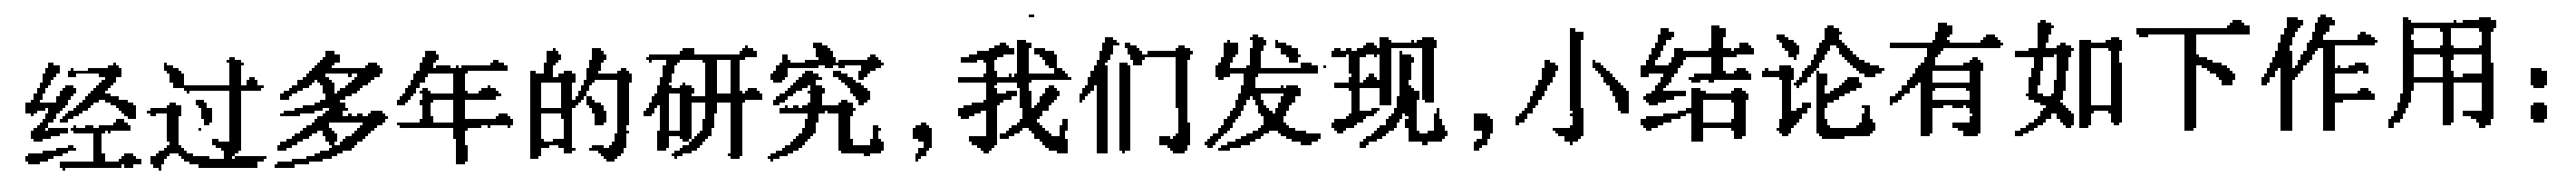
经过多年的研究, 我们发现, 小结论有如下作用: